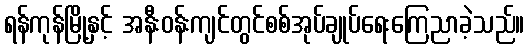
ရန်ကုန်မြို့နှင့် အနီးဝန်းကျင်တွင်စစ်အုပ်ချုပ်ရေးကြေညာခဲ့သည်။